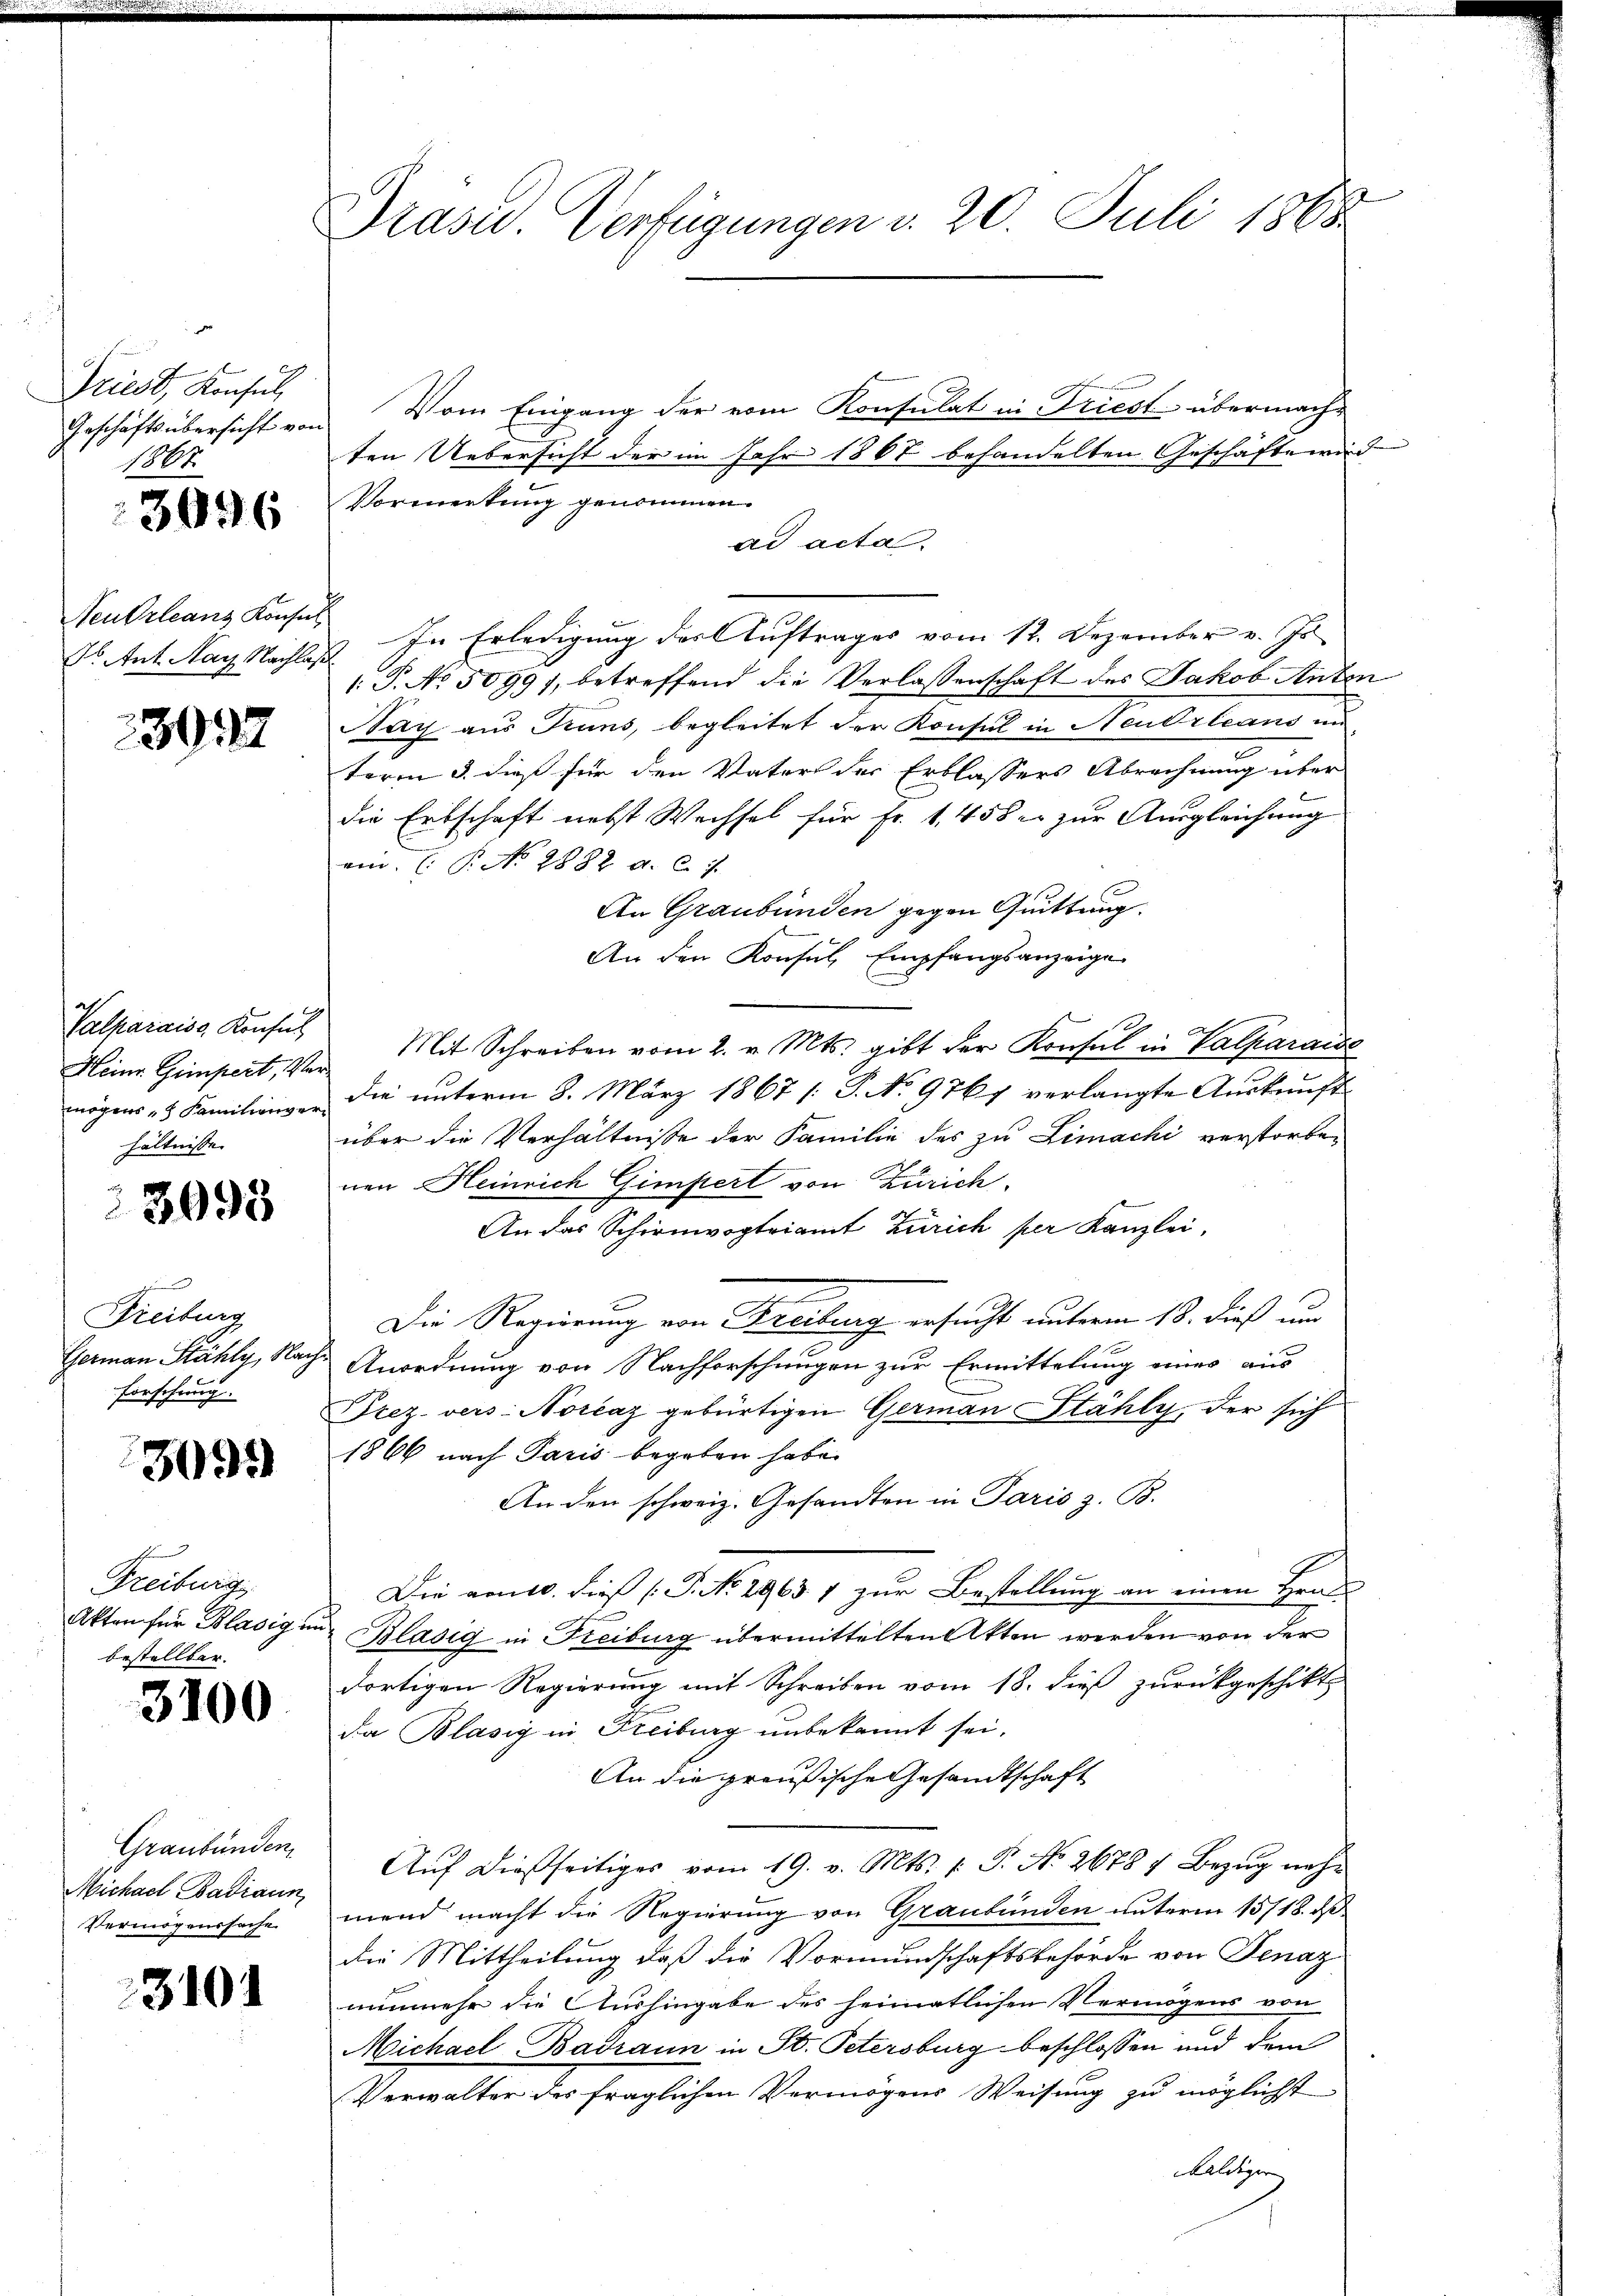
Priest, Konsul
Geschäftsübersicht von
1867

3096

Neukrleans Konsul
d. ut. Nay Nachlas

3992

Valparaise Konsul
Heinr. Gimpert, Ver
mögens - Familienver
hältnisse |

3093

Freiburg
Germann Stähly, Nach
Forschung.

3091)

Freiburg
Akten für Blasig im
bestellter.

3100

Graubünden,
Michael Badiaun
Vermögenssache

3101

Präsid. Verfügungen d. 20. Juli 1868.

Vom Eingang der vom Konsulat in Triest übermach-
ten Uebersicht der im Jahr 1867 behandelten Geschäfte wird
Vormerkung genommen.
ad acta.
1. In Erledigung der Auftrages vom 12. Dezember v. Js.
1: P. No. 5099), betreffend die Verlassenschaft des Jakob Anton
ay aus Truns, begleitet der Konsul in Neudrleans im
term 3. dieß für den Vater der Erblassers Abrechnung über
die Erbschaft nebst Wechsel für Fr. 1456 er zur Ausgleichung
ein. (T. No 1882 d. C. c.
An Graubünden gegen Quittung.
An den Konsul, Empfangsanzeige
Mit Schreiben vom 2. v. Mts. gibt der Konsul in Valparaise
die unterm 8. März 1867 [: P. No 9767 verlangte Auskunft
über die Verhältnisse der Familie des zu Limachi verstorbenen Heinrich Gimpert von Zürich.
An das Schirmvogteiamt Zürich per Kanzlei,
Die Regierung von Freibung ersucht unterm 13. dieß um
Anordnung von Nachforschungen zur Ermittelung eines aus
Prez. vers. Norcaz gebürtigen German Stähly, der sich
1866 nach Paris begeben habe.
An den schweiz. Gesandten in Paris z. B.
Die am 10. dieß (P. No. 2963 1 zur Bestellung an einen Grau
Bläsig in Freiburg übermittelten Akten werden von der
dortigen Regierung mit Schreiben vom 18. dieß zurückgeschikt
da Blasig in Freiburg unbekannt sei.
An die preußische Gesandtschaft
Auf dießseitiges vom 19. v. Mts. f. P. No 2678 7 Bezug nehmend macht die Regierung von Graubünden unterm 15/18. ds
die Mittheilung daß die Vormundschaftsbehörde von Jenaz
nunmehr die Aushingabe des heimatlichen Vermögens von
Michael Badraun in St. Petersburg beschlossen und dem
Verwalter des fraglichen Vermögens Weisung zu möglichst
Haldiger